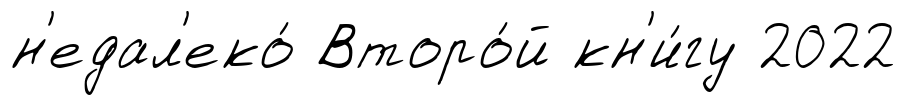
н'едал'еко́ Второ́й кн'и́гу 2022